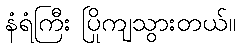
နံရံကြီး ပြိုကျသွားတယ်။